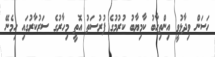
ހަސަން ވިދާޅުވީ އިންތިހާބު ކާމިޔާބު ކުރުމުގެ ފުރުސަތު އޮތީ މިހާރުގެ ސަރުކާރުގައި ހިމެނޭ